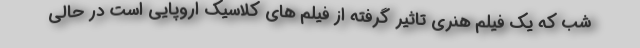
شب که یک فیلم هنری تاثیر گرفته از فیلم های کلاسیک اروپایی است در حالی